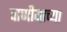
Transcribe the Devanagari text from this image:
वाणीयाच्या